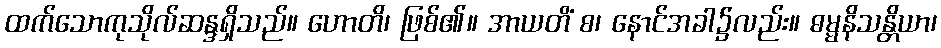
ထက်သောကုသိုလ်ဆန္ဒရှိသည်။ ဟောတိ၊ ဖြစ်၏။ အာယတိံ စ၊ နောင်အခါ၌လည်း။ ဓမ္မနိသန္တိယာ၊